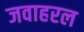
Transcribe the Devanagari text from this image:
जवाहरल